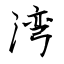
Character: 湾